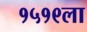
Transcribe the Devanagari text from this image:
१५१९ला